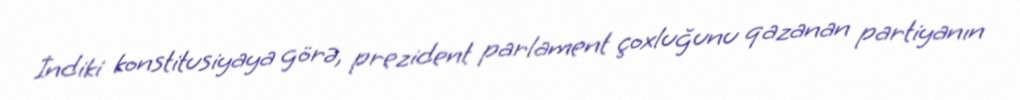
İndiki konstitusiyaya görə, prezident parlament çoxluğunu qazanan partiyanın